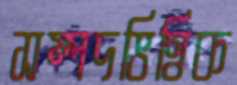
সম্পদভিত্তিক